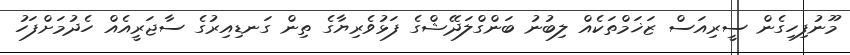
މޫނުފިހިގެން ސީރިއަސް ޒަޚަމްތަކެއް ލިބުނު ބަންގްލަދޭޝްގެ ފަޅުވެރިޔާގެ ތިން ގަނޑިއިރުގެ ސާޖަރީއެއް ހެދުމަށްފަހު